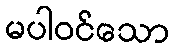
မပါဝင်သော